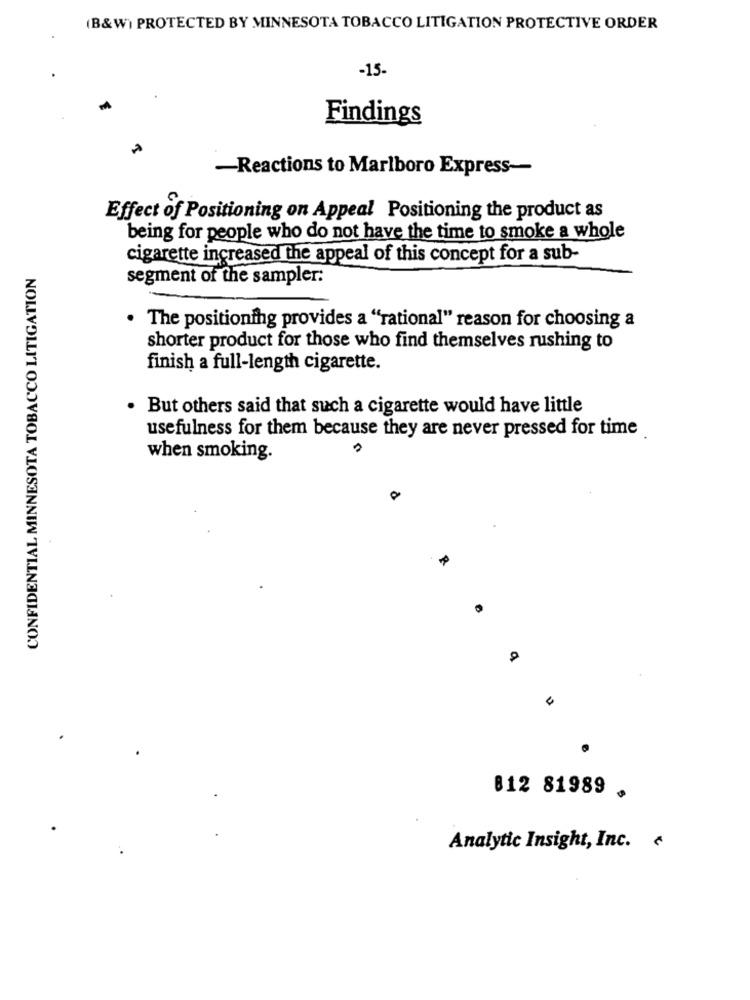
(B&W) PROTECTED BY MINNESOTA TOBACCO LITIGATION PROTECTIVE ORDER
-15-
Findings
-Reactions to Marlboro Express-
Effect of Positioning on Appeal Positioning the product as
being for people who do not have the time to smoke a whole
cigarette increased the appeal of this concept for a sub-
CONFIDENTIAL MINNESOTA TOBACCO LITIGATION
segment of the sampler:
. The positioning provides a "rational" reason for choosing a
shorter product for those who find themselves rushing to
finish a full-length cigarette.
. But others said that such a cigarette would have little
usefulness for them because they are never pressed for time
when smoking.
812 81989 .
Analytic Insight, Inc.